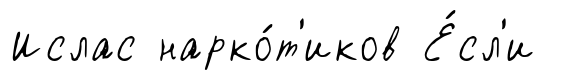
Ислас нарко́т'иков Е́сл'и